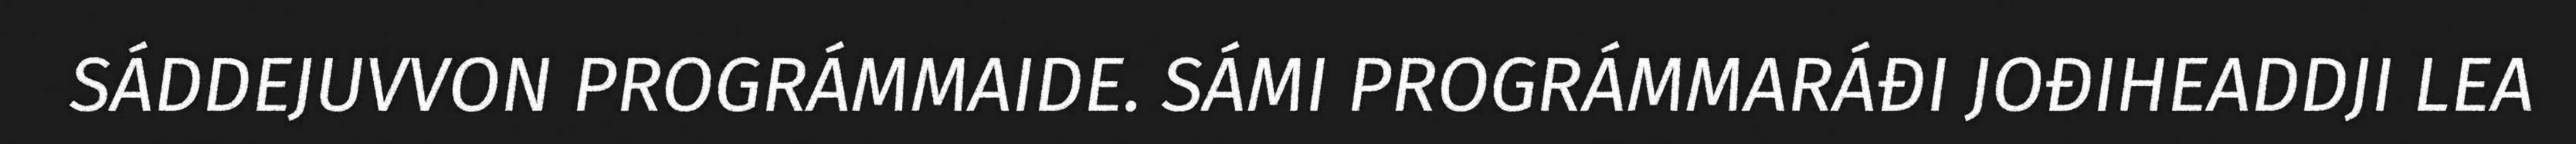
SÁDDEJUVVON PROGRÁMMAIDE. SÁMI PROGRÁMMARÁĐI JOĐIHEADDJI LEA